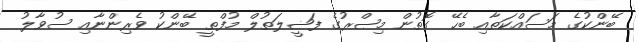
ބޭންކުގެ މަސައްކަތާއި ބެހޭ ގޮތުން މިޞްރުގެ ފަޟީލަތުލް މުފްތީ ބޭންކު ވެރިންނާއި ސުވާލު